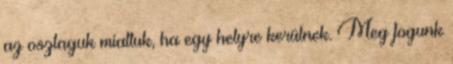
az osztaguk miattuk, ha egy helyre kerülnek. Meg fogunk